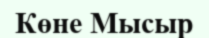
Көне Мысыр